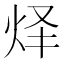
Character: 𰞇